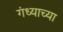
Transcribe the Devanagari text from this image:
गंध्याच्या